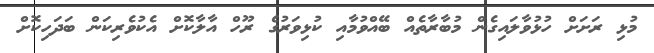
މުޅި ރަށަށް ހުޅުވާލައިގެން މުބާރާތެއް ބޭއްވުމާއި ކުޅިވަރުގެ ރޫހް އާލާކޮށް އެކުވެރިކަން ބަދަހިކޮށް